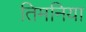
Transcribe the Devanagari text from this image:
तिमनिया